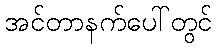
အင်တာနက်ပေါ်တွင်